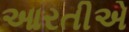
આરતીએ